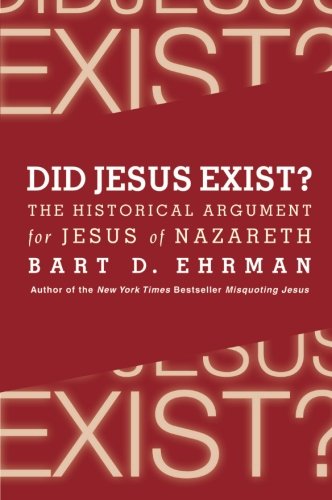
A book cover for Did Jesus Exist?: The Historical Argument for Jesus of Nazareth; Bart D. Ehrman; Reference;